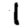
Digit: 1